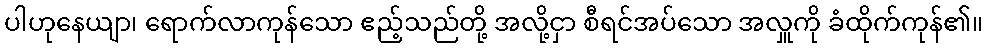
ပါဟုနေယျာ၊ ရောက်လာကုန်သော ဧည့်သည်တို့ အလို့ငှာ စီရင်အပ်သော အလှူကို ခံထိုက်ကုန်၏။